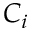
C _ { i }